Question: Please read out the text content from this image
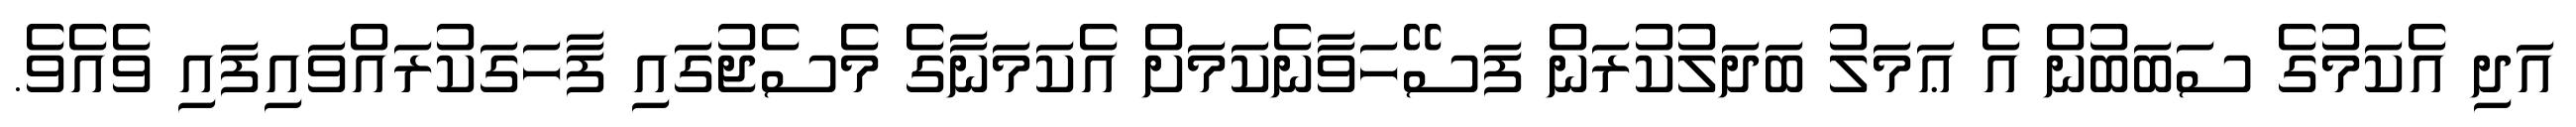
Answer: އަދި އެކަމުގެ ސަބަބުން އެ ޢަމަލު ބަދަލުކުރަން ފަސޭހަވާނެކަމަށް އެކަމަނާގެ މެސެޖުގައި ފާހަގަކުރައްވައިފައި ވެއެވެ.